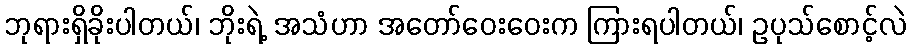
ဘုရားရှိခိုးပါတယ်၊ ဘိုးရဲ့ အသံဟာ အတော်ဝေးဝေးက ကြားရပါတယ်၊ ဥပုသ်စောင့်လဲ